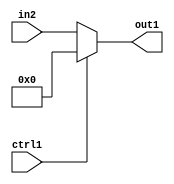
`timescale 1ps / 1ps
/*****************************************************************************
    Verilog RTL Description
    
    
    Created by: Stratus DpOpt 2019.1.01 
*******************************************************************************/

module mac_Muxi0s32u1_0 (
	in2,
	ctrl1,
	out1
	); /* architecture "behavioural" */ 
input [31:0] in2;
input  ctrl1;
output [31:0] out1;
wire [31:0] asc001;

reg [31:0] asc001_tmp_0;
assign asc001 = asc001_tmp_0;
always @ (ctrl1 or in2) begin
	case (ctrl1)
		1'B1 : asc001_tmp_0 = 32'B00000000000000000000000000000000 ;
		default : asc001_tmp_0 = in2 ;
	endcase
end

assign out1 = asc001;
endmodule

/* CADENCE  uLj2Qwg= : u9/ySgnWtBlWxVPRXgAZ4Og= ** DO NOT EDIT THIS LINE ******/